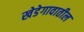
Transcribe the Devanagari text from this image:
खेडेगावातील